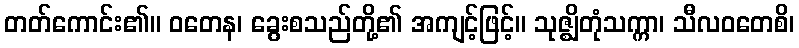
တတ်ကောင်း၏။ ဝတေန၊ ခွေးစသည်တို့၏ အကျင့်ဖြင့်။ သုဇ္ဈိတုံသက္ကာ၊ သီလဝတေစိ၊